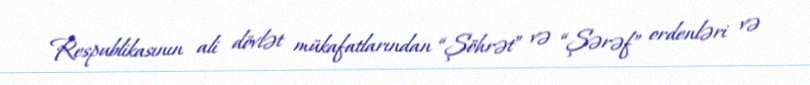
Respublikasının ali dövlət mükafatlarından “Şöhrət” və “Şərəf” ordenləri və